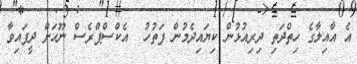
އެ އާއިލާގެ ހިތްދަތި ދިރިއުޅުން ކިޔައިދެމުން ފަތުހު  އެކްސްޕްރެސް ނޫހަށް ދީފައިވާ